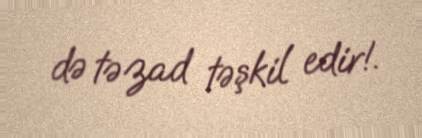
də təzad təşkil edir!.